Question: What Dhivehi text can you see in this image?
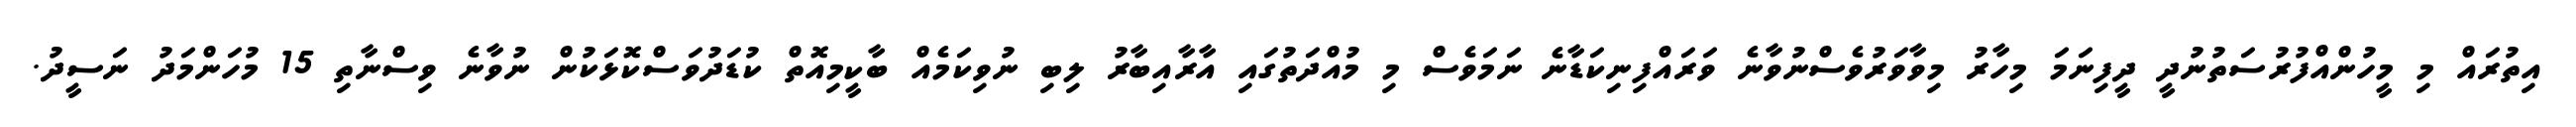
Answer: އިތުރައް މި މީހުންއްފުރުސަތުނުދީ ދީފިނަމަ މިހާރު މިވާވަރުވެސްނުވާނެ ވަރައްފިނިކަޑާނެ ނަމަވެސް މި މުއްދަތުގައި އާރާއިބާރު ލިބި ނުވިކަމެއް ބާކީމިއޮތް ކުޑަދުވަސްކޮޅަކުން ނުވާނެ ވިސްނާތި 15 މުހަންމަދު ނަސީދު.